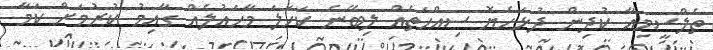
ތެލްސީމިއާ ކުދިން ދުޅަހެޔޮ ސިއްހަތެއް ލިބޭނެ ކަހަލަ މާހައުލެއް ގާއިމު ކުރުމަށް ކަމާ